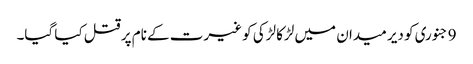
9 جنوری کو دیر میدان میں لڑکا لڑکی کو غیرت کے نام پر قتل کیا گیا۔